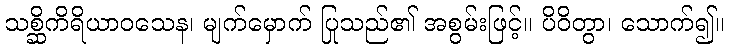
သစ္ဆိကိရိယာဝသေန၊ မျက်မှောက် ပြုသည်၏ အစွမ်းဖြင့်။ ပိဝိတွာ၊ သောက်၍။